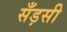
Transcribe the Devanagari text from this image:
सँड़सी